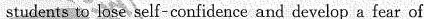
students to lose self-confidence and develop a fear of